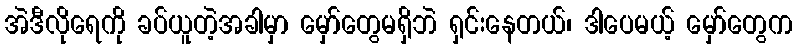
အဲဒီလိုရေကို ခပ်ယူတဲ့အခါမှာ မှော်တွေမရှိဘဲ ရှင်းနေတယ်၊ ဒါပေမယ့် မှော်တွေက